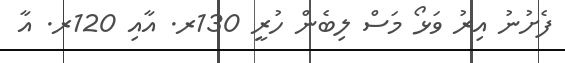
ފެށުނު އިރު ވަޅޯ މަސް ލިބެން ހުރީ 130ރ. އާއި 120ރ. އާ